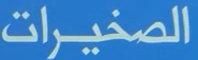
الصخيرات